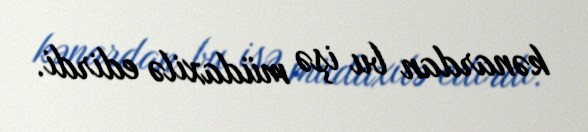
kənardan bu işə müdaxilə edirdi.